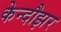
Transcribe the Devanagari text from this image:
केन्दौझर